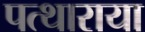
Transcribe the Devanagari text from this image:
पत्थाराया